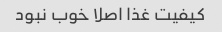
کیفیت غذا اصلا خوب نبود